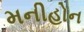
મનીહોન